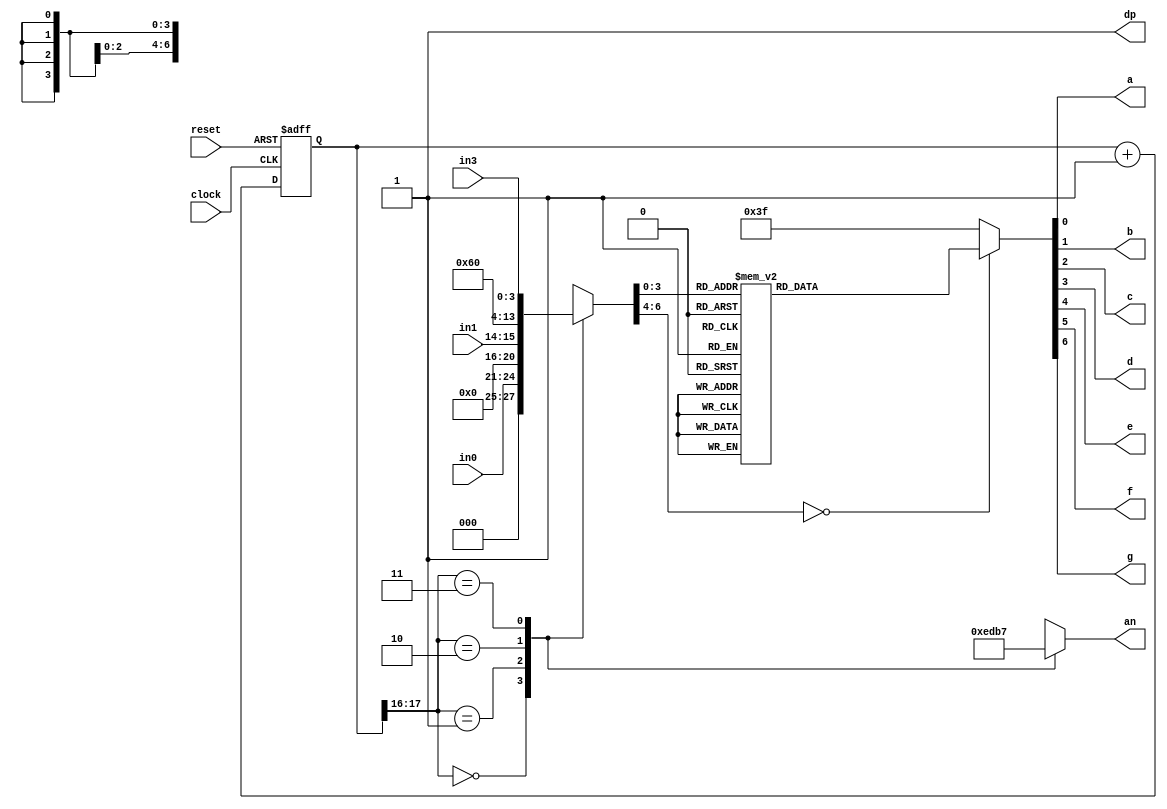
`timescale 1ns / 1ps
//////////////////////////////////////////////////////////////////////////////////
// Company: 
// Engineer: 
// 
// Design Name: 
// Module Name:    sevenseg 
// Project Name: 
// Target Devices: 
// Tool versions: 
// Description: 
//
// Dependencies: 
//
// Revision: 
// Revision 0.01 - File Created
// Additional Comments: 
//
//////////////////////////////////////////////////////////////////////////////////
module sevenseg(
 input clock, reset,
 input [3:0]in0, in3,  
 input [1:0]in1,  //the 4 inputs //correccion,cc
 output a, b, c, d, e, f, g, dp, // LED
 output [3:0] an   // the 4 bit enable signal
 );
 
localparam N = 18;
 
reg [N-1:0]count; //the 18 bit counter which allows us to multiplex at 1000Hz
 
always @ (posedge clock or posedge reset)
 begin
  if (reset)
   count <= 0;
  else
   count <= count + 1'b1;
 end
 
reg [6:0]sseg; //the 7 bit register to hold the data to output
reg [3:0]an_temp; //register for the 4 bit enable
 
always @ (*)
 begin
  case(count[N-1:N-2]) //using only the 2 MSB's of the counter
    
   2'b00 :  //When the 2 MSB's are 00 enable the fourth display
    begin
     sseg = in0;
     an_temp = 4'b1110;
	  //an_temp = 4'b1110;
    end
    
   2'b01:  //When the 2 MSB's are 01 enable the third display
    begin
     sseg = in1;
     an_temp = 4'b1101;
    end
    
   2'b10:  //When the 2 MSB's are 10 enable the second display
    begin
     sseg = 7'b0001100;  /// muestra el 3er led (2do izq a derecha)
     an_temp = 4'b1011;
    end
     
   2'b11:  //When the 2 MSB's are 11 enable the first display
    begin
     sseg = in3;
     an_temp = 4'b0111;
    end
  endcase
 end
assign an = an_temp;
 
 
reg [6:0] sseg_temp; // 7 bit register to hold the binary value of each input given
 
always @ (*)
 begin
  case(sseg)
   4'b0000 : sseg_temp = 7'b1000000; //to display 0
   4'b0001 : sseg_temp = 7'b1111001; //to display 1
   4'b0010 : sseg_temp = 7'b0100100; //to display 2
   4'b0011 : sseg_temp = 7'b0110000; //to display 3
   4'b0100 : sseg_temp = 7'b0011001; //to display 4
   4'b0101 : sseg_temp = 7'b0010010; //to display 5
   4'b0110 : sseg_temp = 7'b0000010; //to display 6
   4'b0111 : sseg_temp = 7'b1111000; //to display 7
   4'b1000 : sseg_temp = 7'b0000000; //to display 8
   4'b1001 : sseg_temp = 7'b0010000; //to display 9
   default : sseg_temp = 7'b0111111; //dash
	

	
  endcase
 end
assign {g, f, e, d, c, b, a} = sseg_temp; //concatenate the outputs to the register, this is just a more neat way of doing this.
// I could have done in the case statement: 4'd0 : {g, f, e, d, c, b, a} = 7'b1000000;
// its the same thing.. write however you like it
 
assign dp = 1'b1; //since the decimal point is not needed, all 4 of them are turned off
 
 
endmodule